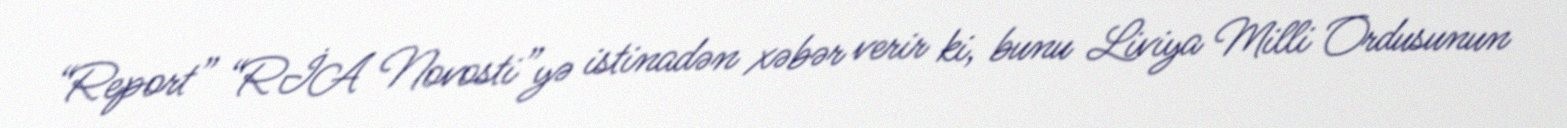
“Report” “RİA Novosti”yə istinadən xəbər verir ki, bunu Liviya Milli Ordusunun